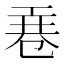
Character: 𭘎